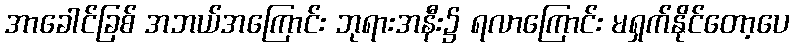
အာခေါင်ခြစ် အဘယ်အကြောင်း ဘုရားအနီး၌ ရလာကြောင်း မရှက်နိုင်တော့ပေ